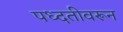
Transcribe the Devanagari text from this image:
पध्दतीवरून